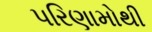
પરિણામોથી